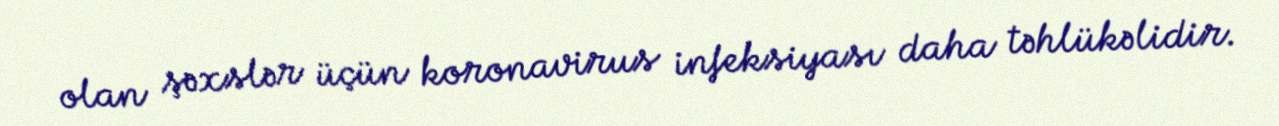
olan şəxslər üçün koronavirus infeksiyası daha təhlükəlidir.